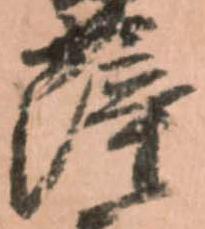
薩